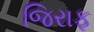
જિરાફ